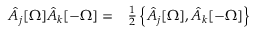
\begin{array} { r l } { \hat { A } _ { j } [ \Omega ] \hat { A } _ { k } [ - \Omega ] = } & { { } \frac { 1 } { 2 } \left\{ \hat { A } _ { j } [ \Omega ] , \hat { A } _ { k } [ - \Omega ] \right\} } \end{array}